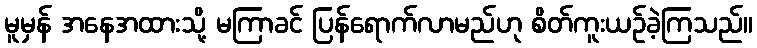
မူမှန် အနေအထားသို့ မကြာခင် ပြန်ရောက်လာမည်ဟု စိတ်ကူးယဉ်ခဲ့ကြသည်။